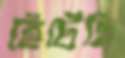
হেঁটেছি